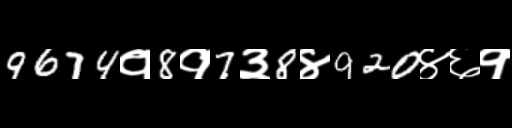
Text: 9674१8१7३8४920४६१